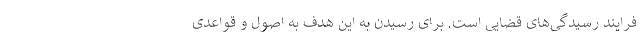
فرایند رسیدگی‌های قضایی است. برای رسیدن به این هدف به اصول و قواعدی